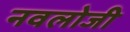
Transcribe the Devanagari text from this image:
नवलोजी